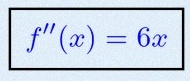
f''(x)=6x